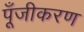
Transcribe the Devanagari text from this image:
पूँजीकरण